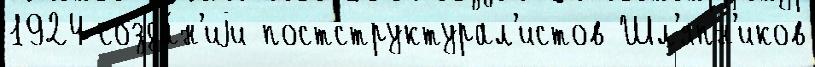
1924 созда́н'иjи постструктурал'истов Шл'япн'иков